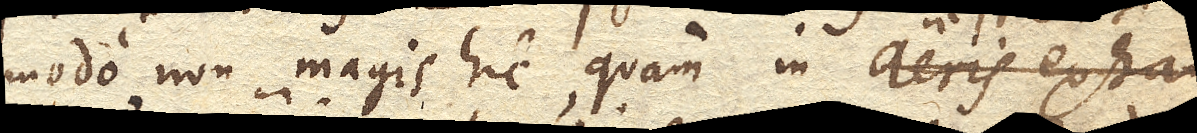
modo non magis hic, quam in aeris exhau-